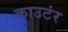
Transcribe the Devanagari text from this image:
काउटंर